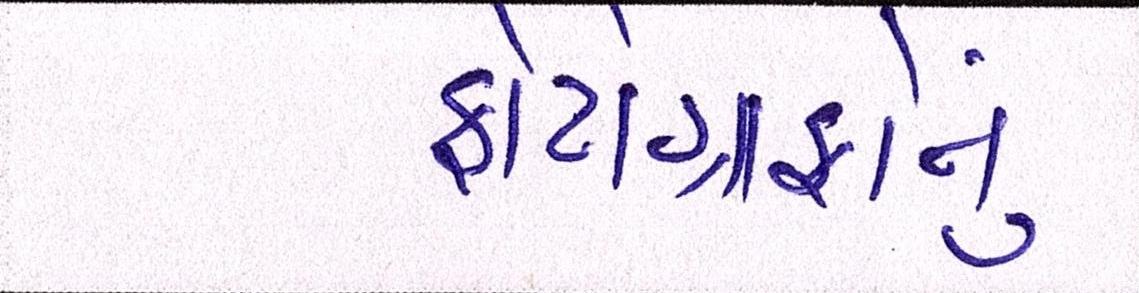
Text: ફોટોગ્રાફોનું